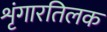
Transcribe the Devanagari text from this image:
शृंगारतिलक